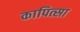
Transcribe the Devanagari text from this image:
कापित्सा